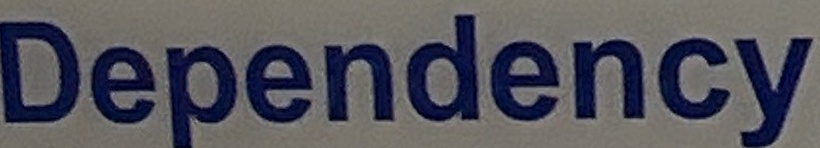
Dependency